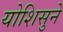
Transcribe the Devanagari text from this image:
योशिसुने